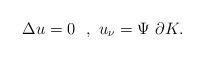
LaTeX: \begin{align*}\Delta u = 0 ~ ~,~ u_\nu = \Psi ~ \partial K .\end{align*}